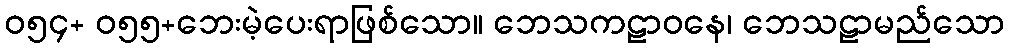
ဝ၅၄+ ဝ၅၅+ဘေးမဲ့ပေးရာဖြစ်သော။ ဘေသကဠာဝနေ၊ ဘေသဠာမည်သော